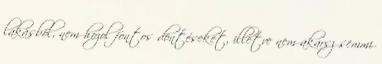
lakásból, nem hozol fontos döntéseket, illetve nem akarsz semmi